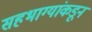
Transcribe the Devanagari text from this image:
सहभाग्यांकडून